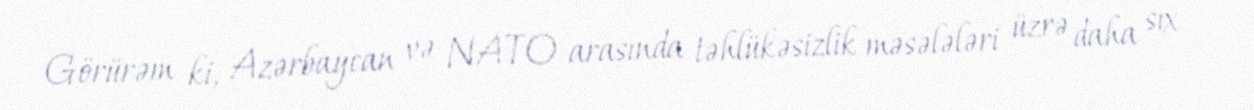
Görürəm ki, Azərbaycan və NATO arasında təhlükəsizlik məsələləri üzrə daha sıx